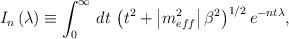
LaTeX: \begin{align*}I_{n}\left(\lambda \right)\equiv \int _{0}^{\infty }\, dt\, \left(t^{2}+\left|m_{eff}^{2}\right|\beta ^{2}\right)^{1/2}e^{-nt\lambda },\end{align*}